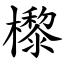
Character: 㰀